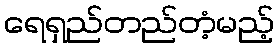
ရေရှည်တည်တံ့မည့်